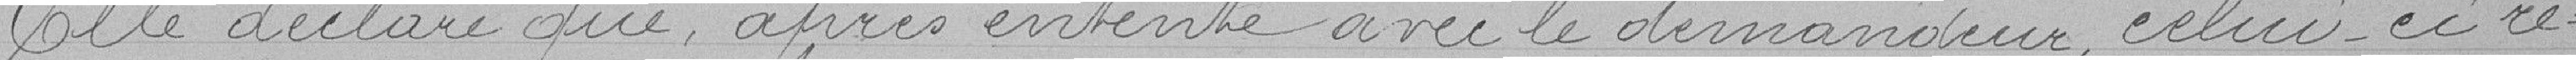
Elle déclare que, après entente avec le demandeur, celui-ci re: